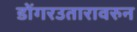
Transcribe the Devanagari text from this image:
डोंगरउतारावरुन